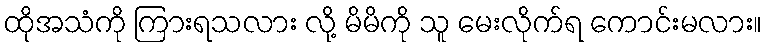
ထိုအသံကို ကြားရသလား လို့ မိမိကို သူ မေးလိုက်ရ ကောင်းမလား။